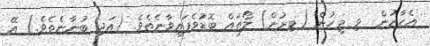
އެހާރުން  ވި މީހުން (ބިރުން) ލޯތައް ބޮޑުވެފައިވާނެތެވެ. (އަދި ބުނާނެތެވެ.) އޭ